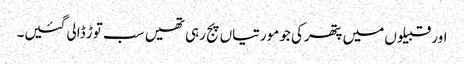
اور قبیلوں میں پتھرکی جو مورتیاں پج رہی تھیں سب توڑ ڈالی گئیں۔